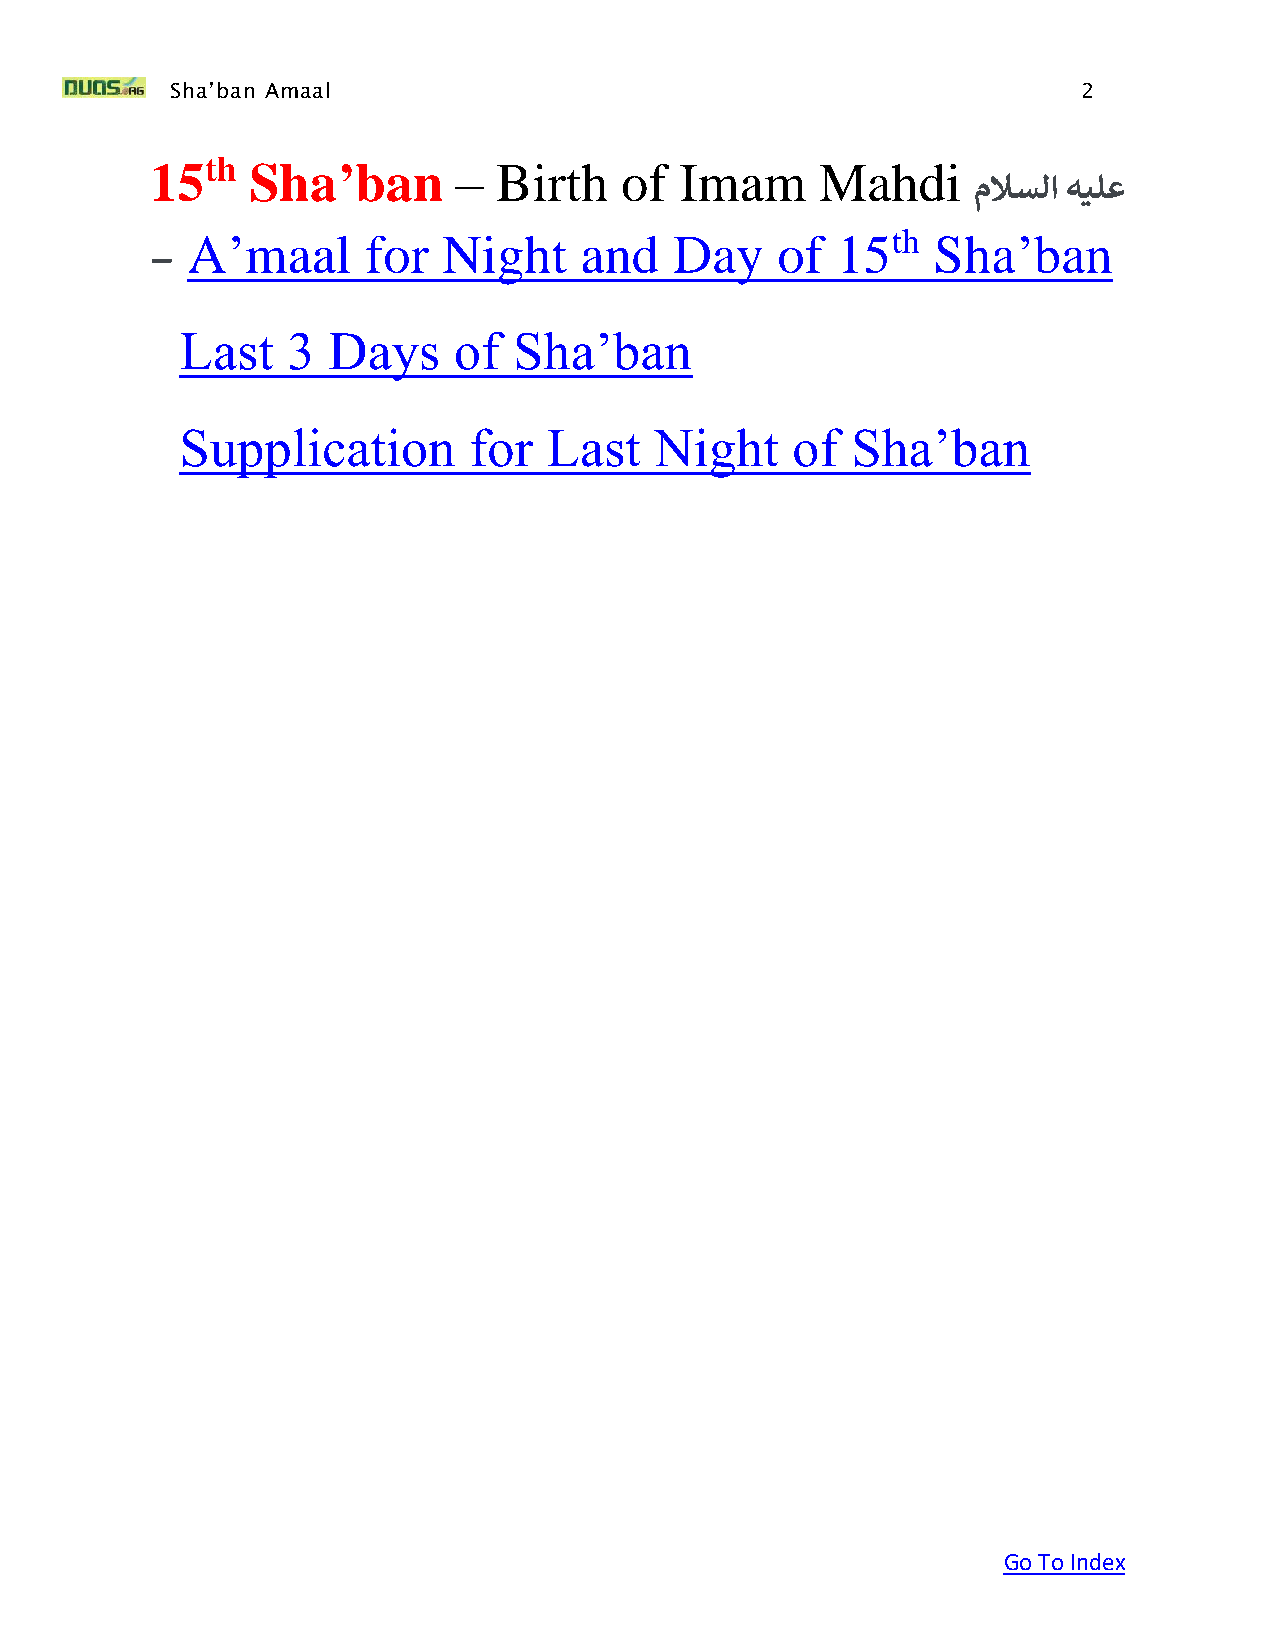
Sha’ban Amaal                                                2
 15th   Sha’ban      –  Birth   of  Imam     Mahdi
 ملاسلا هيلع
 A’maal      for  Night    and    Day   of  15th   Sha’ban
 –
 Last   3  Days    of  Sha’ban
 Supplication       for  Last   Night    of  Sha’ban
 Go To Index